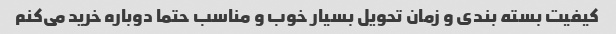
کیفیت بسته بندی و زمان تحویل بسیار خوب و مناسب حتما دوباره خرید می‌کنم